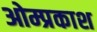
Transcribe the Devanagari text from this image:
ओम्प्रकाश